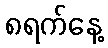
၈ရက်နေ့